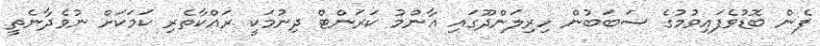
ފެން ބޮޑުވެފައިވުމުގެ ސަބަބުން ހިރިލަންދޫގައި އާންމު ކަރަންޓް ދިނުމަކީ ރައްކާތެރި ކަމަކަށް ނުވެދާނެތީ